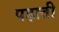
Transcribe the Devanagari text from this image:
पहाती